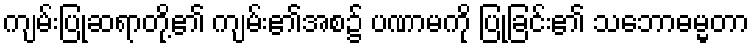
ကျမ်းပြုဆရာတို့၏ ကျမ်း၏အစ၌ ပဏာမကို ပြုခြင်း၏ သဘောဓမ္မတာ